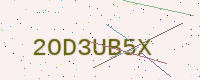
Text: 2OD3UB5X